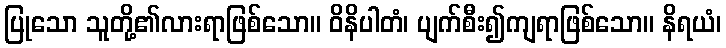
ပြုသော သူတို့၏လားရာဖြစ်သော။ ဝိနိပါတံ၊ ပျက်စီး၍ကျရာဖြစ်သော။ နိရယံ၊